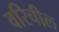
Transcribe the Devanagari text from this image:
वरिचील